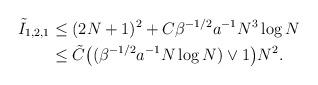
LaTeX: \begin{align*} \begin{aligned} \tilde I_{1,2,1} &\leq (2N+1)^2 + C \beta^{-1/2} a^{-1 }N^3\log N \\ &\leq \tilde C \big( (\beta^{-1/2} a^{-1} N \log N) \vee 1 \big) N^{2}. \end{aligned}\end{align*}